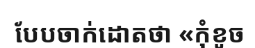
បែបចាក់ដោតថា «កុំខូច